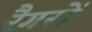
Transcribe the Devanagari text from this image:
रैगरों